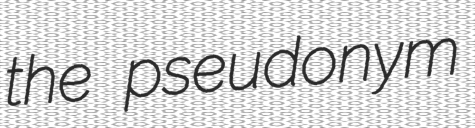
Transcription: the pseudonym